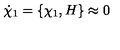
\dot { \chi } _ { 1 } = \left\{ \chi _ { 1 } , H \right\} \approx 0